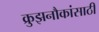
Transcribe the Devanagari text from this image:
क्रुझनौकांसाठी